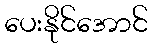
ပေးနိုင်အောင်